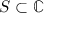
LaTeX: S \subset \mathbb { C }